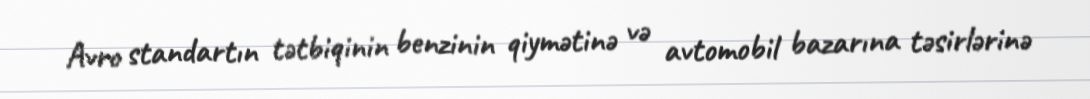
Avro standartın tətbiqinin benzinin qiymətinə və avtomobil bazarına təsirlərinə